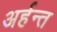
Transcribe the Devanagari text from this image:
अर्हन्त